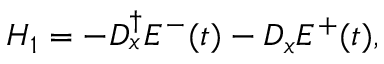
H _ { 1 } = - D _ { x } ^ { \dagger } E ^ { - } ( t ) - D _ { x } E ^ { + } ( t ) ,